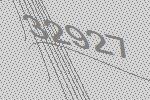
32927